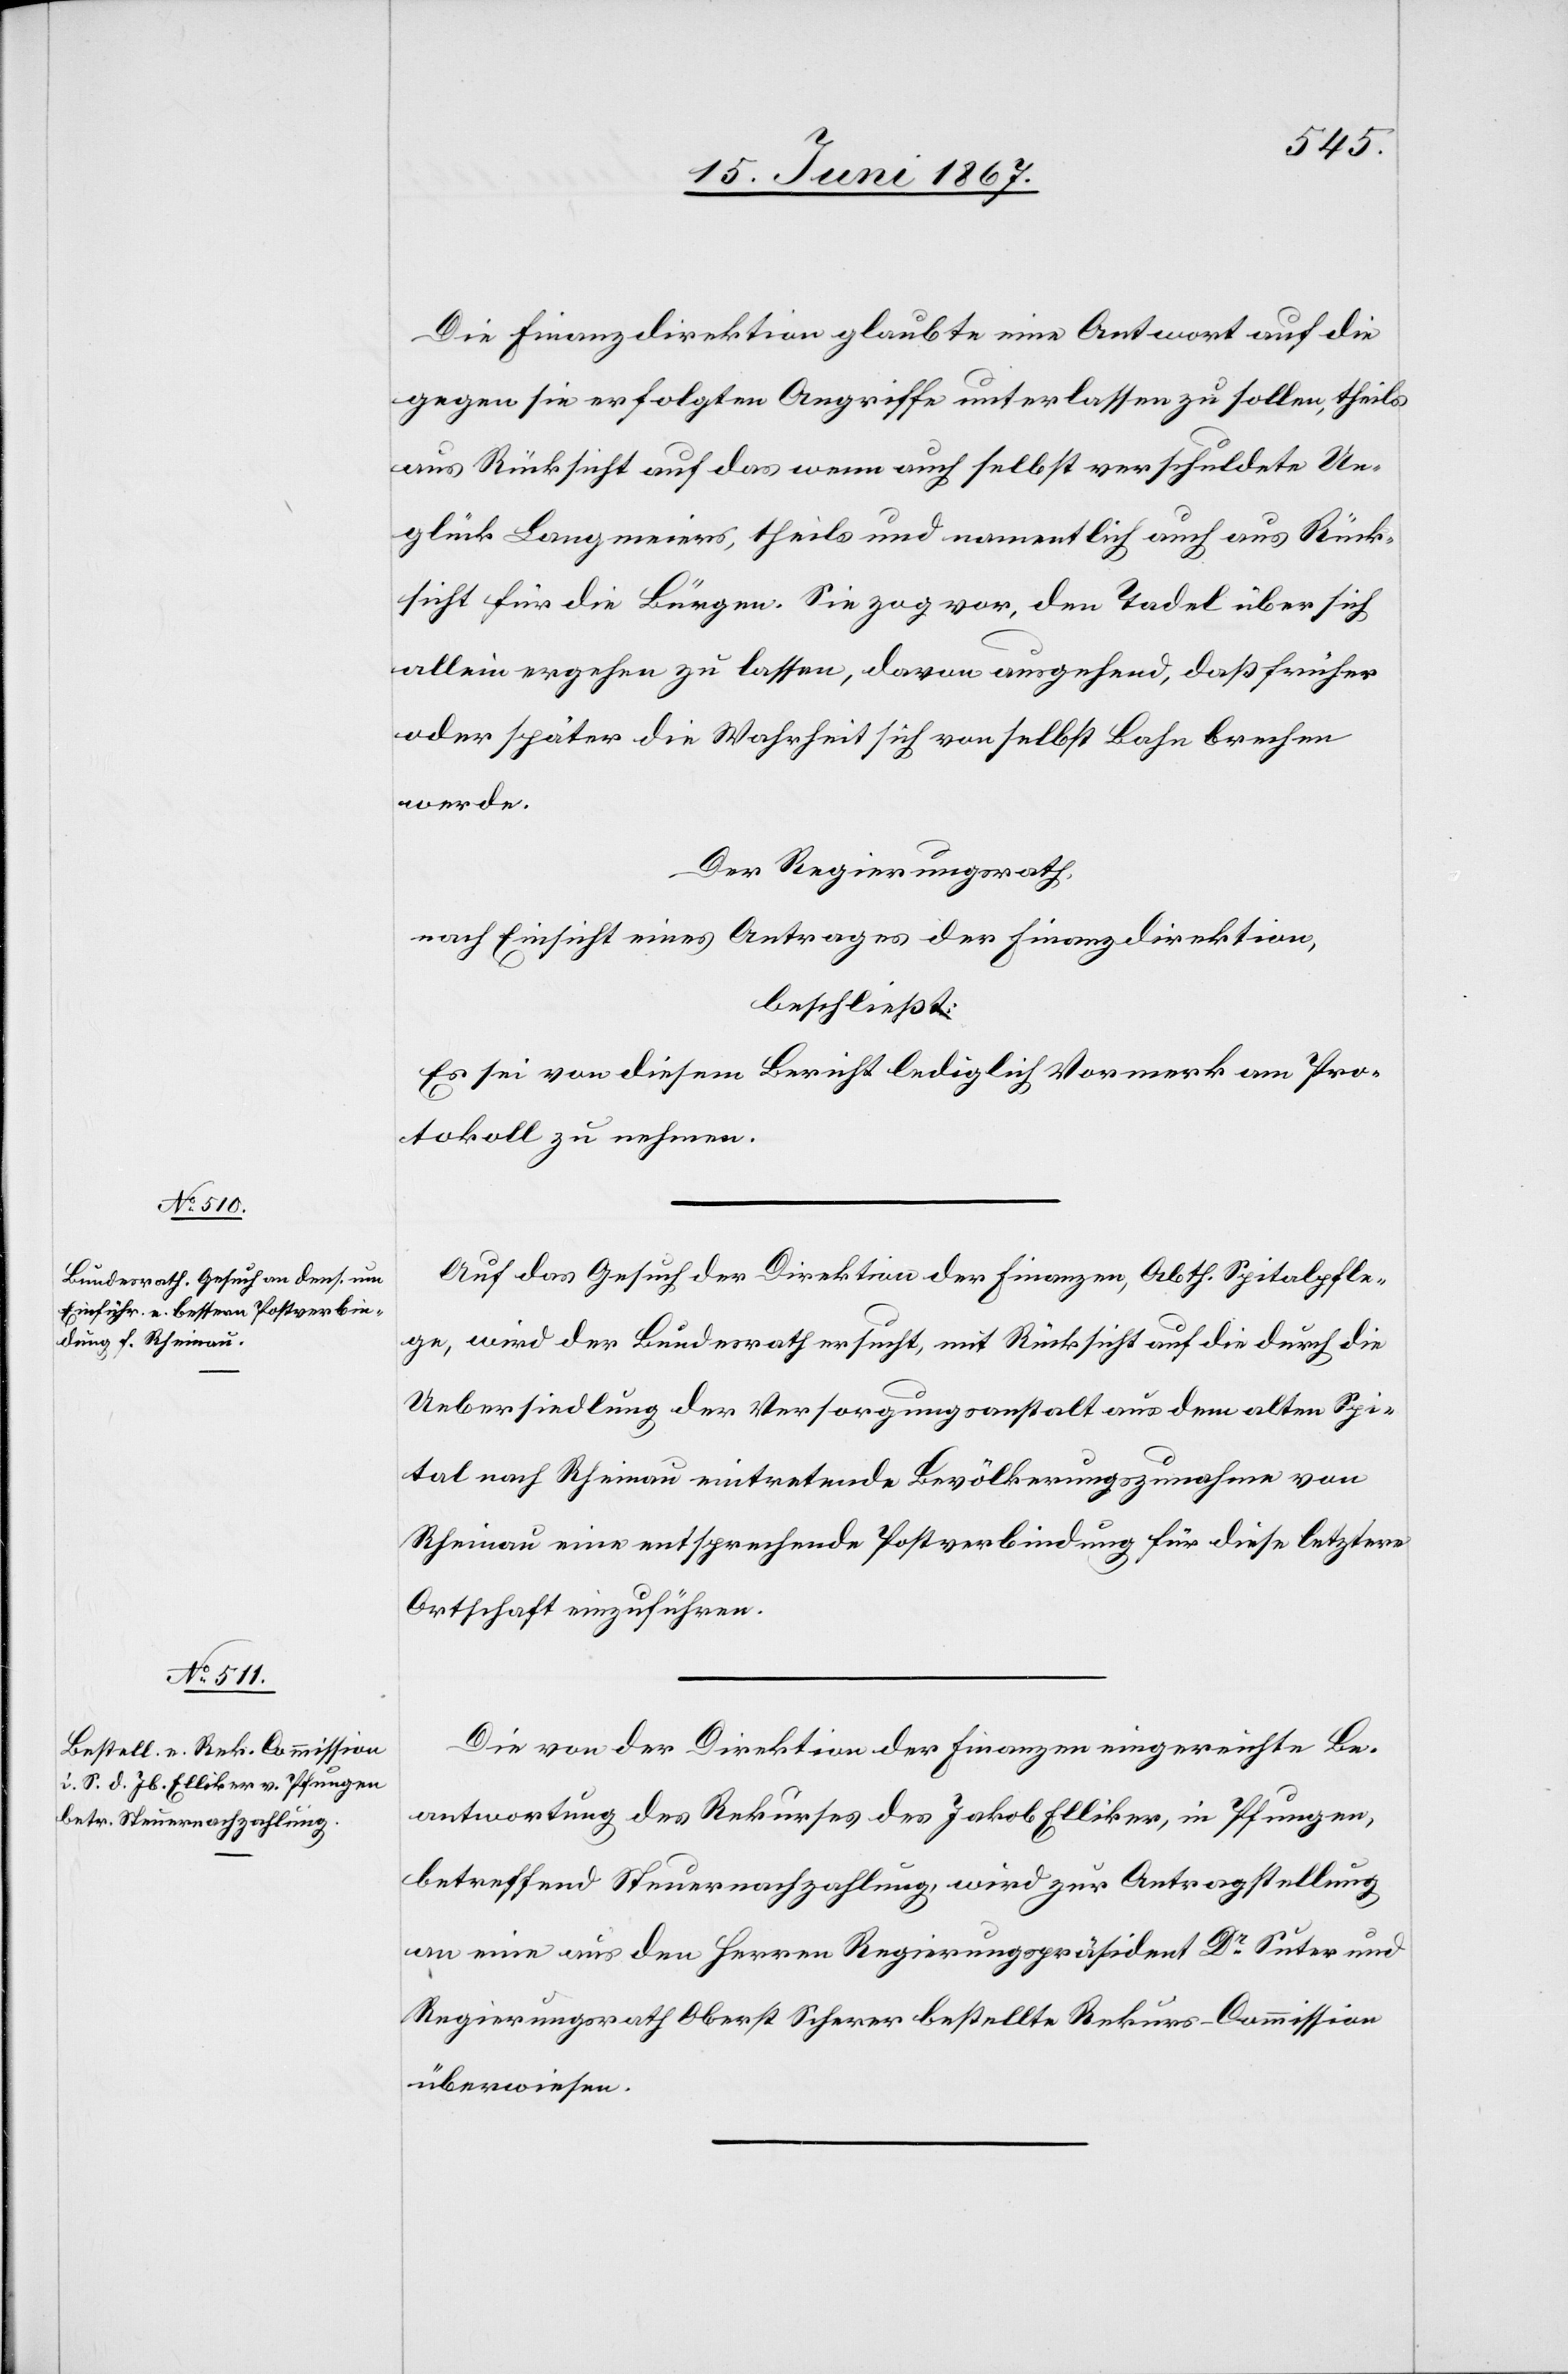
Die Finanzdirektion glaubte eine Antwort auf die
gegen sie erfolgten Angriffe unterlassen zu sollen, theils
aus Rücksicht auf das wenn auch selbst verschuldete Un¬
glück Langmeiers, theils und namentlich auch aus Rück¬
sicht für die Bürgen. Sie zog vor, den Tadel über sich
allein ergehen zu lassen, davon ausgehend, daß früher
oder später die Wahrheit sich von selbst Bahn brechen
werde.
Der Regierungsrath,
nach Einsicht eines Antrages der Finanzdirektion,
beschließt:
Es sei von diesem Bericht lediglich Vormerk am Pro¬
tokoll zu nehmen.
Auf das Gesuch der Direktion der Finanzen, Abth. Spitalpfle¬
ge, wird der Bundesrath ersucht, mit Rücksicht auf die durch die
Uebersiedlung der Versorgungsanstalt aus dem alten Spi¬
tal nach Rheinau eintretende Bevölkerungszunahme von
Rheinau eine entsprechende Postverbindung für diese letztere
Ortschaft einzuführen.
Die von der Direktion der Finanzen eingereichte Be¬
antwortung des Rekurses des Jakob Elliker, in Pfungen,
betreffend Steuernachzahlung wird zur Antragstellung
an eine aus den Herren Regierungspräsident Dr. Suter und
Regierungsrath Oberst Scherer bestellte Rekurs-Commission
überwiesen.